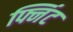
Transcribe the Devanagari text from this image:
फ्निंट